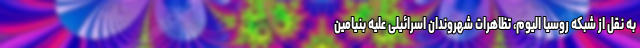
به نقل از شبکه روسیا الیوم، تظاهرات شهروندان اسرائیلی‌ علیه بنیامین